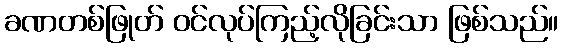
ခဏတစ်ဖြုတ် ဝင်လုပ်ကြည့်လိုခြင်းသာ ဖြစ်သည်။